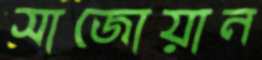
সাজোয়ান